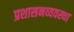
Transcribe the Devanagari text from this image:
प्रशासनव्यवस्था